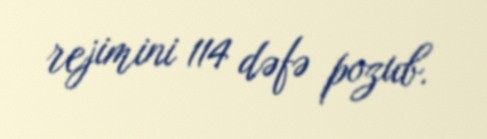
rejimini 114 dəfə pozub.